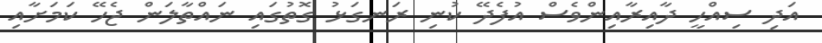
އަދި ސިއްހީ ދާއިރާއިންވެސް އުފެދޭ ކުނި ރަނގަޅު ގޮތުގައި ނައްތާލަން ޖެހޭ ކަމަށާއި